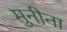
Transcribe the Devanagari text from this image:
मुनीना